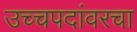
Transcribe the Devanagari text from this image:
उच्चपदांवरचा